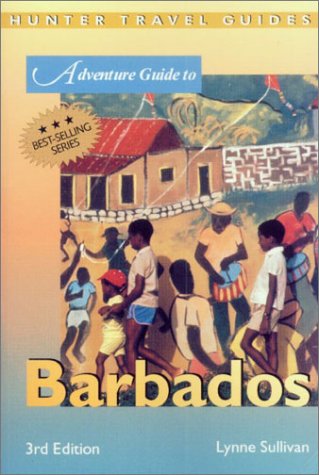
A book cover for Barbados (Adventure Guide to Barbados); Lynne Sullivan; Travel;